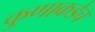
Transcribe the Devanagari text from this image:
कुणाकडेच